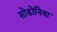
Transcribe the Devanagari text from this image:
सोडोनिया